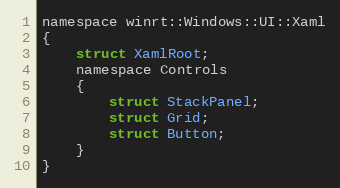
Language: C
namespace winrt::Windows::UI::Xaml
{
    struct XamlRoot;
    namespace Controls
    {
        struct StackPanel;
        struct Grid;
        struct Button;
    }
}